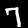
Digit: 7